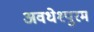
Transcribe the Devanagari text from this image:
अवधेश्पुरम